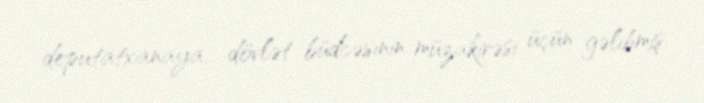
deputatxanaya... dövlət büdcəsinin müzakirəsi üçün gəlibmiş.